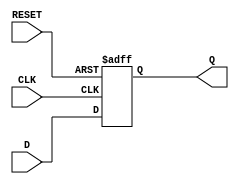
module d_ff_sync_reset(
    input wire D,
    input wire CLK,
    input wire RESET,
    output reg Q
);

always @(posedge CLK or posedge RESET) begin
    if (RESET) begin
        Q <= 1'b0; // Reset to known state
    end else begin
        Q <= D; // Load D on rising edge of clock
    end
end

endmodule